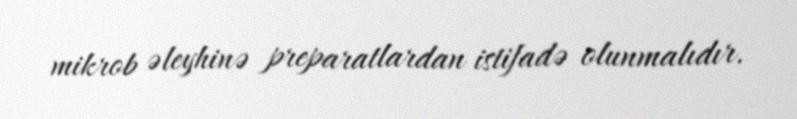
mikrob əleyhinə preparatlardan istifadə olunmalıdır.